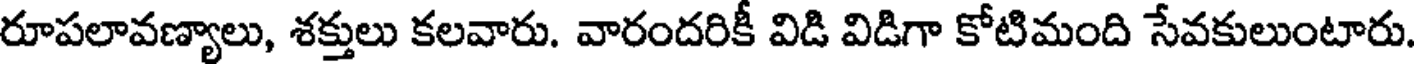
రూపలావణ్యాలు, శక్తులు కలవారు. వారందరికీ విడి విడిగా కోటిమంది సేవకులుంటారు